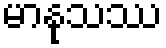
မာနုသဿ